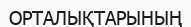
ОРТАЛЫҚТАРЫНЫҢ